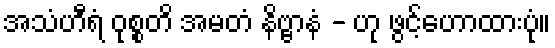
အသံဟီရံ ဝုစ္စတိ အမတံ နိဗ္ဗာနံ - ဟု ဖွင့်ဟောထားပုံ။